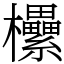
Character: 欙